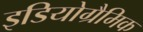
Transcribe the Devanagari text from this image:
इडियोग्रैमिक